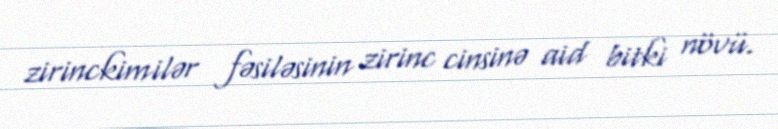
zirinckimilər fəsiləsinin zirinc cinsinə aid bitki növü.